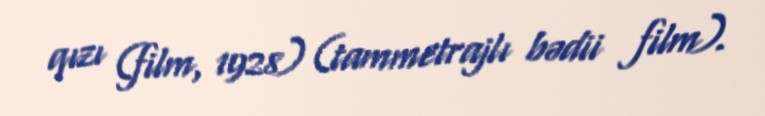
qızı (film, 1928) (tammetrajlı bədii film).